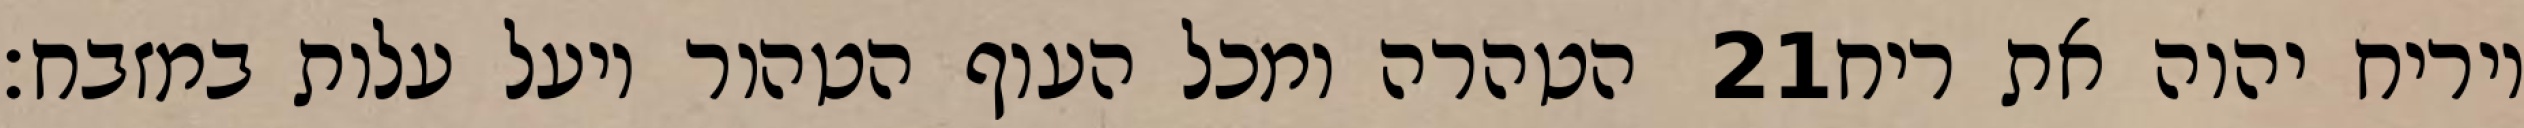
הטהרה ומכל העוף הטהור ויעל עלות במזבח׃ ‎21‏ ויריח יהוה את ריח